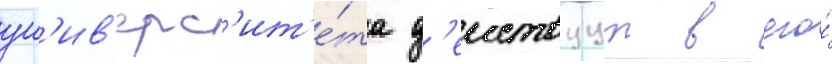
ун'ив'ерс'ит'е́та д'еиствуут в его́